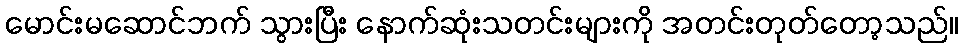
မောင်းမဆောင်ဘက် သွားပြီး နောက်ဆုံးသတင်းများကို အတင်းတုတ်တော့သည်။